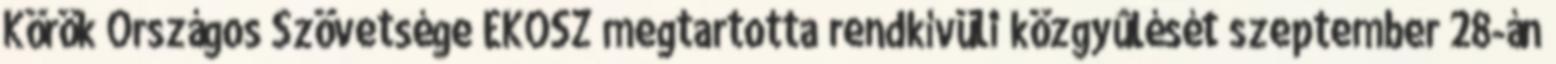
Körök Országos Szövetsége EKOSZ megtartotta rendkívüli közgyûlését szeptember 28-án